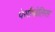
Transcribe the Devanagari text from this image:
पेर्सोपोलिस